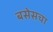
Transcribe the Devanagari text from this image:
बसेसचा